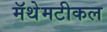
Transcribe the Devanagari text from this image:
मॅथेमटीकल